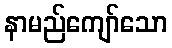
နာမည်ကျော်သော